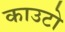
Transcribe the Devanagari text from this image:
काउटो